Indian journal of veterinary science and animal husbandry - Volume 1,
Year: 1931
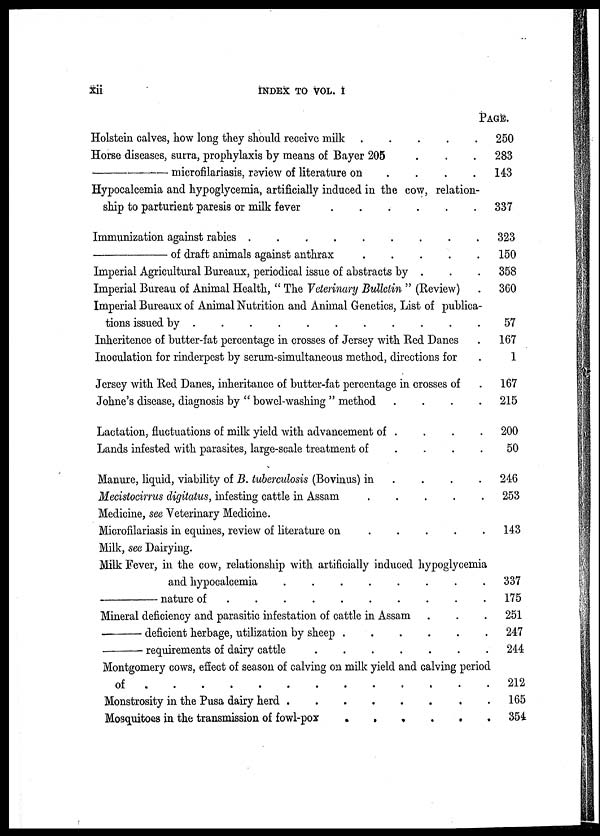
Xii
INDEX TO VOL. I
Holstein calves, how long they should receive milk . . . . .
Horse diseases, surra, prophylaxis by means of Bayer 205 . . .
—
microfilariasis, review of literature on . . . . .
Hypocalcemia and hypoglycemia, artificially induced in the cow, relation-
ship to parturient paresis or milk fever . . . . . .
Immunization against rabies . . . . . .
—
of draft animals against anthrax . . . . . .
Imperial Agricultural Bureaux, periodical issue of abstracts by . . .
Imperial Bureau of Animal Health, " The Veterinary Bulletin " (Review) .
Imperial Bureaux of Animal Nutrition and Animal Genetics, List of publica-
tions issued by . . . . . . . . . . .
Inheritence of butter-fat percentage in crosses of Jersey with Red Danes .
Inoculation for rinderpest by serum-simultaneous method, directions for .
Jersey with Red Danes, inheritance of butter-fat percentage in crosses of .
Johne's disease, diagnosis by " bowel-washing " method
.
.
.
.
Lactation, fluctuations of milk yield with advancement of . . . .
Lands infested with parasites, large-scale treatment of
.
.
.
.
Manure, liquid, viability of B. tuberculosis (Bovinus) in . . . .
Mecistocirrus digitatus, infesting cattle in Assam . . . . .
Medicine, see Veterinary Medicine.
Microfilariasis in equines, review of literature on . . . . .
Milk, see Dairying.
Milk Fever, in the cow, relationship with artificially induced hypoglycemia
and hypocalcemia
.
.
.
.
.
.
.
.
—
nature of
.
.
.
.
.
.
.
.
Mineral deficiency and parasitic infestation of cattle in Assam . . .
—
deficient herbage, utilization by sheep . . . . . .
—
requirements of dairy cattle . . . . . . .
Montgomery cows, effect of season of calving on milk yield and calving period
of
.
.
.
.
.
.
.
.
.
.
.
.
.
Monstrosity in the Pusa dairy herd . . . . . . .
Mosquitoes in the transmission of fowl-pox . . . . . .
PAGE
250
283
143
337
323
150
358
360
57
167
1
167
215
200
50
246
253
143
337
175
251
247
244
212
165
354